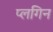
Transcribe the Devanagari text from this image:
प्लगिन